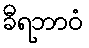
ခီရဘာဝံ